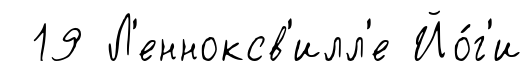
19 Л'енноксв'илл'е Йо́г'и